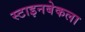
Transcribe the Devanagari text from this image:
स्टाइनबेकला